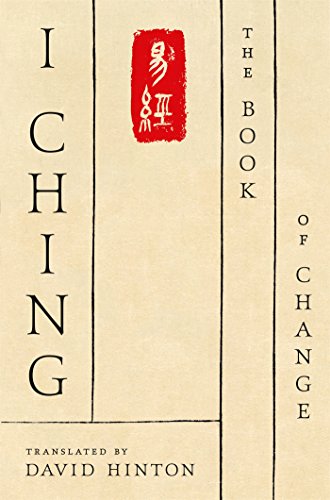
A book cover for I Ching: The Book of Change; David Hinton; Literature & Fiction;